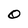
Character: O